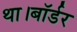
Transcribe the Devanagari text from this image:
था।बॉर्डर